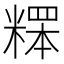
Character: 𥻸